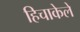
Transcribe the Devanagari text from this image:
हिचाकेले